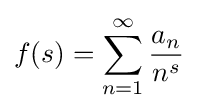
f(s)=\sum _{n=1}^{\infty }{\frac {a_{n}}{n^{s}}}